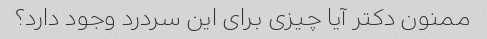
ممنون دکتر آیا چیزی برای این سردرد وجود دارد؟